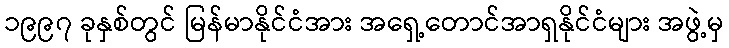
၁၉၉၇ ခုနှစ်တွင် မြန်မာနိုင်ငံအား အရှေ့တောင်အာရှနိုင်ငံများ အဖွဲ့မှ